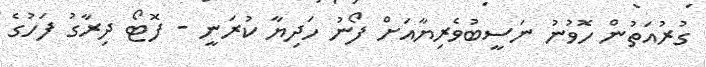
ގުުރުއަތުން ހޮވުނު ނަސީބުވެރިޔާއަށް ފޯނު ހަދިޔާ ކުރަނީ - ފޮޓޯ ދިރާގު ފަހުގެ